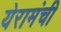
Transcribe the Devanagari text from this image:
येरामंची